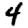
Digit: 4